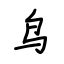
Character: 鸟